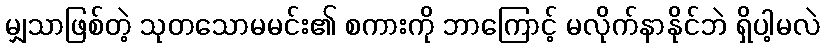
မျှသာဖြစ်တဲ့ သုတသောမမင်း၏ စကားကို ဘာကြောင့် မလိုက်နာနိုင်ဘဲ ရှိပါ့မလဲ